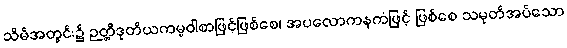
သိမ်အတွင်း၌ ဉတ္တိဒုတိယကမ္မဝါစာဖြင့်ဖြစ်စေ၊ အပလောကနကံဖြင့် ဖြစ်စေ သမုတ်အပ်သော